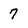
Character: 7